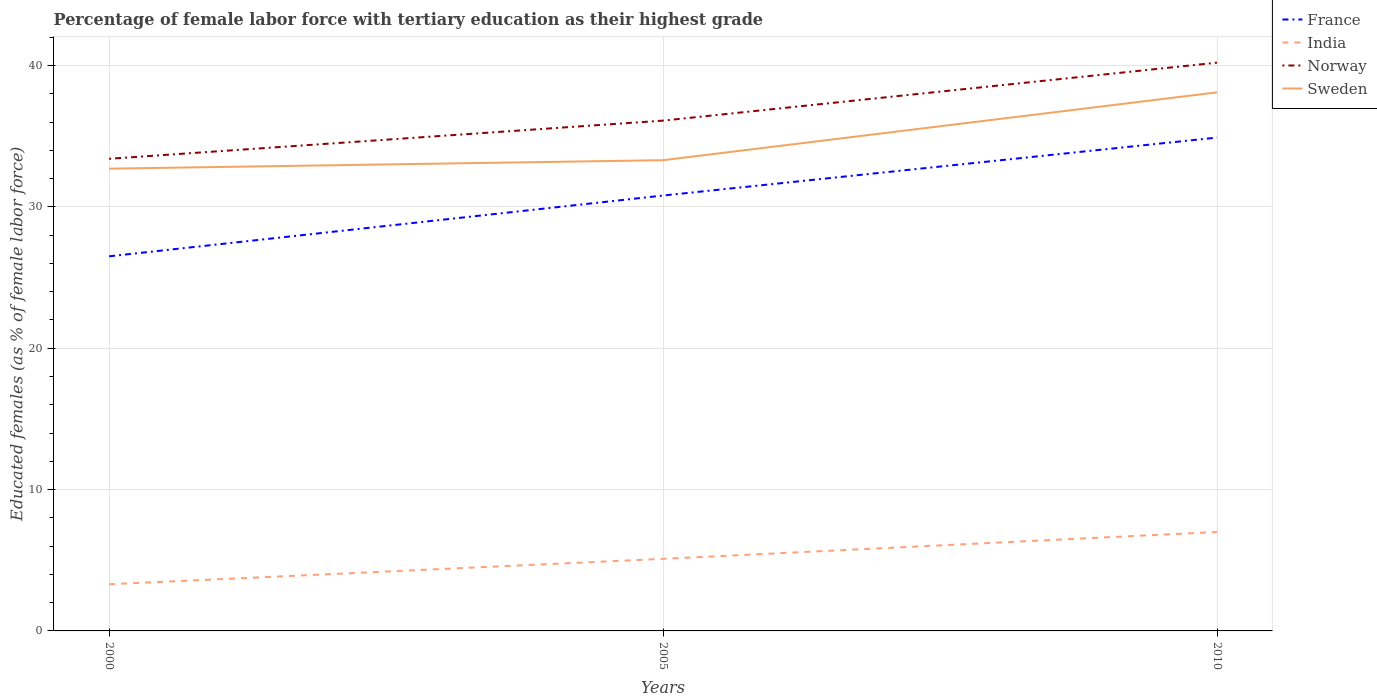
| Years | France | India | Norway | Sweden |
 | --- | --- | --- | --- | --- |
 | 2000 | 26.5 | 3.3 | 33.4 | 32.7 |
 | 2005 | 30.8 | 5.1 | 36.1 | 33.3 |
 | 2010 | 34.9 | 7 | 40.2 | 38.1 |